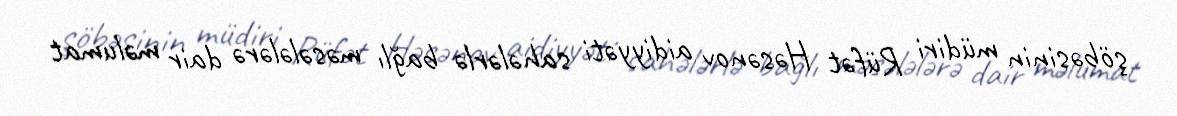
şöbəsinin müdiri Rüfət Həsənov aidiyyəti sahələrlə bağlı məsələlərə dair məlumat